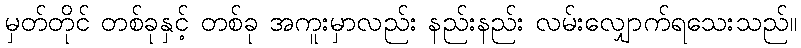
မှတ်တိုင် တစ်ခုနှင့် တစ်ခု အကူးမှာလည်း နည်းနည်း လမ်းလျှောက်ရသေးသည်။